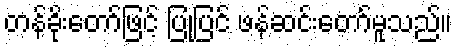
တန်ခိုးတော်ဖြင့် ပြုပြင် ဖန်ဆင်းတော်မူသည်။